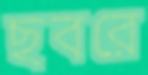
ছবরে